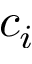
c _ { i }